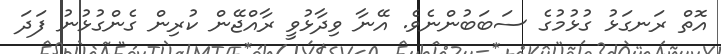
އޮތް ރަނގަޅު ގުޅުމުގެ ސަބަބުންނެވެ. އޭނާ ވިދާޅުވީ ރާއްޖޭން ކުރިން ގެންގުޅުނު ފަދަަ